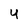
Character: 4